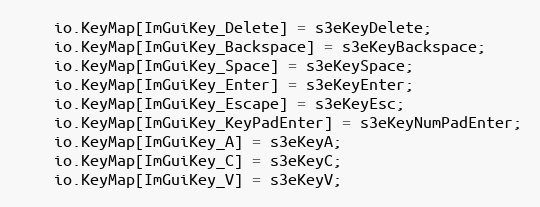
Language: C++
    io.KeyMap[ImGuiKey_Delete] = s3eKeyDelete;
    io.KeyMap[ImGuiKey_Backspace] = s3eKeyBackspace;
    io.KeyMap[ImGuiKey_Space] = s3eKeySpace;
    io.KeyMap[ImGuiKey_Enter] = s3eKeyEnter;
    io.KeyMap[ImGuiKey_Escape] = s3eKeyEsc;
    io.KeyMap[ImGuiKey_KeyPadEnter] = s3eKeyNumPadEnter;
    io.KeyMap[ImGuiKey_A] = s3eKeyA;
    io.KeyMap[ImGuiKey_C] = s3eKeyC;
    io.KeyMap[ImGuiKey_V] = s3eKeyV;